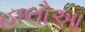
હાલોઆ